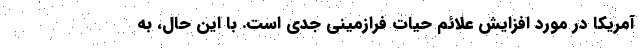
آمریکا در مورد افزایش علائم حیات فرازمینی جدی است. با این حال، به